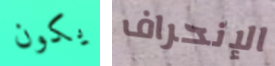
يكون الإنحراف